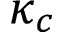
\kappa _ { c }